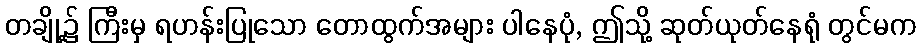
တချို့၌ ကြီးမှ ရဟန်းပြုသော တောထွက်အများ ပါနေပုံ, ဤသို့ ဆုတ်ယုတ်နေရုံ တွင်မက